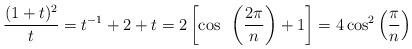
LaTeX: \begin{align*}{(1+t)^2\over t}=t^{-1}+2+t=2\left[\cos~\left({2\pi\over n}\right)+1\right]=4\cos^2\left({\pi\over n}\right)\end{align*}